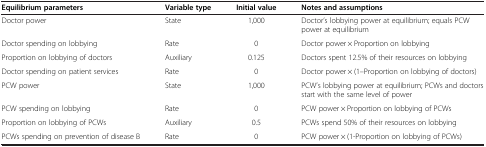
| Equilibrium parameters | Variable type | Initial value | Notes and assumptions |
 | --- | --- | --- | --- |
 | Doctor power | State | 1,000 | Doctor’s lobbying power at equilibrium; equals PCW power at equilibrium |
 | Doctor spending on lobbying | Rate | 0 | Doctor power × Proportion on lobbying |
 | Proportion on lobbying of doctors | Auxiliary | 0.125 | Doctors spent 12.5% of their resources on lobbying |
 | Doctor spending on patient services | Rate | 0 | Doctor power × (1–Proportion on lobbying of doctors) |
 | PCW power | State | 1,000 | PCW’s lobbying power at equilibrium; PCWs and doctors start with the same level of power |
 | PCW spending on lobbying | Rate | 0 | PCW power × Proportion on lobbying of PCWs |
 | Proportion on lobbying of PCWs | Auxiliary | 0.5 | PCWs spend 50% of their resources on lobbying |
 | PCWs spending on prevention of disease B | Rate | 0 | PCW power × (1-Proportion on lobbying of PCWs) |